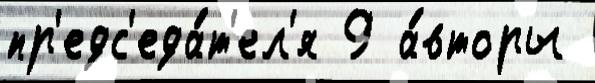
пр'едс'еда́т'ел'я 9 а́вторы